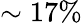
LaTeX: \sim 17\%